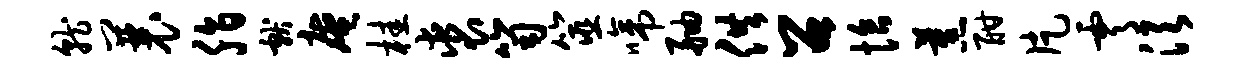
就曩脂献庵桂裘笥筮啼舳供召恰蕉酣片霄须